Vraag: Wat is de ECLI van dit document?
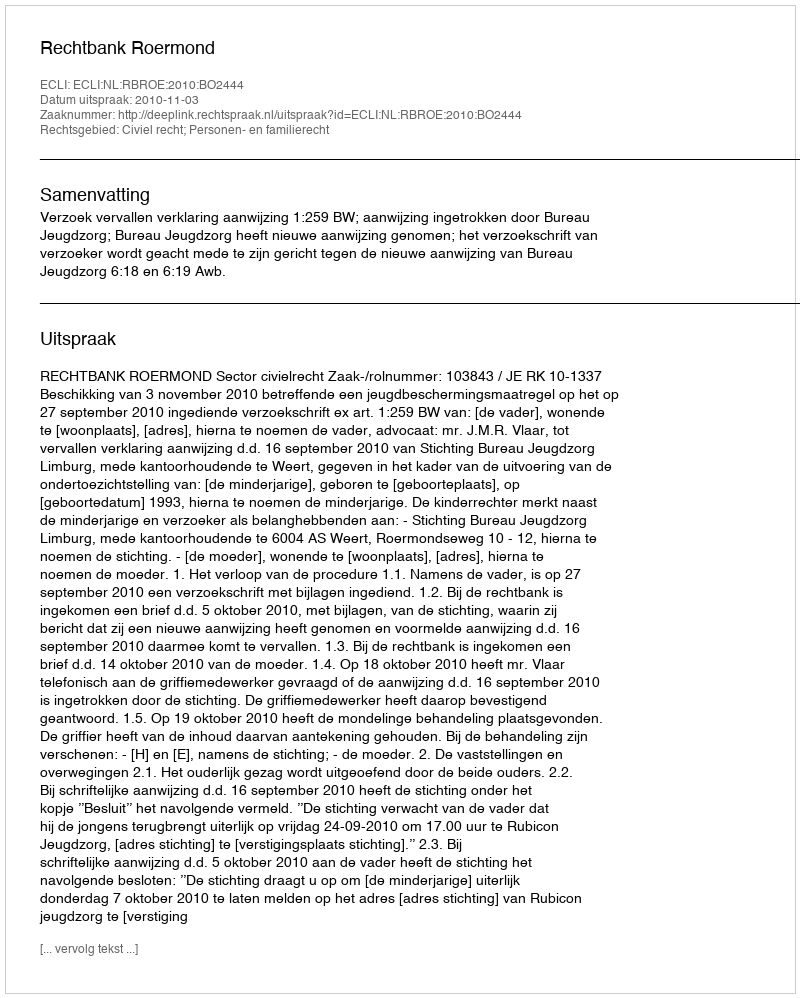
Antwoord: ECLI:NL:RBROE:2010:BO2444